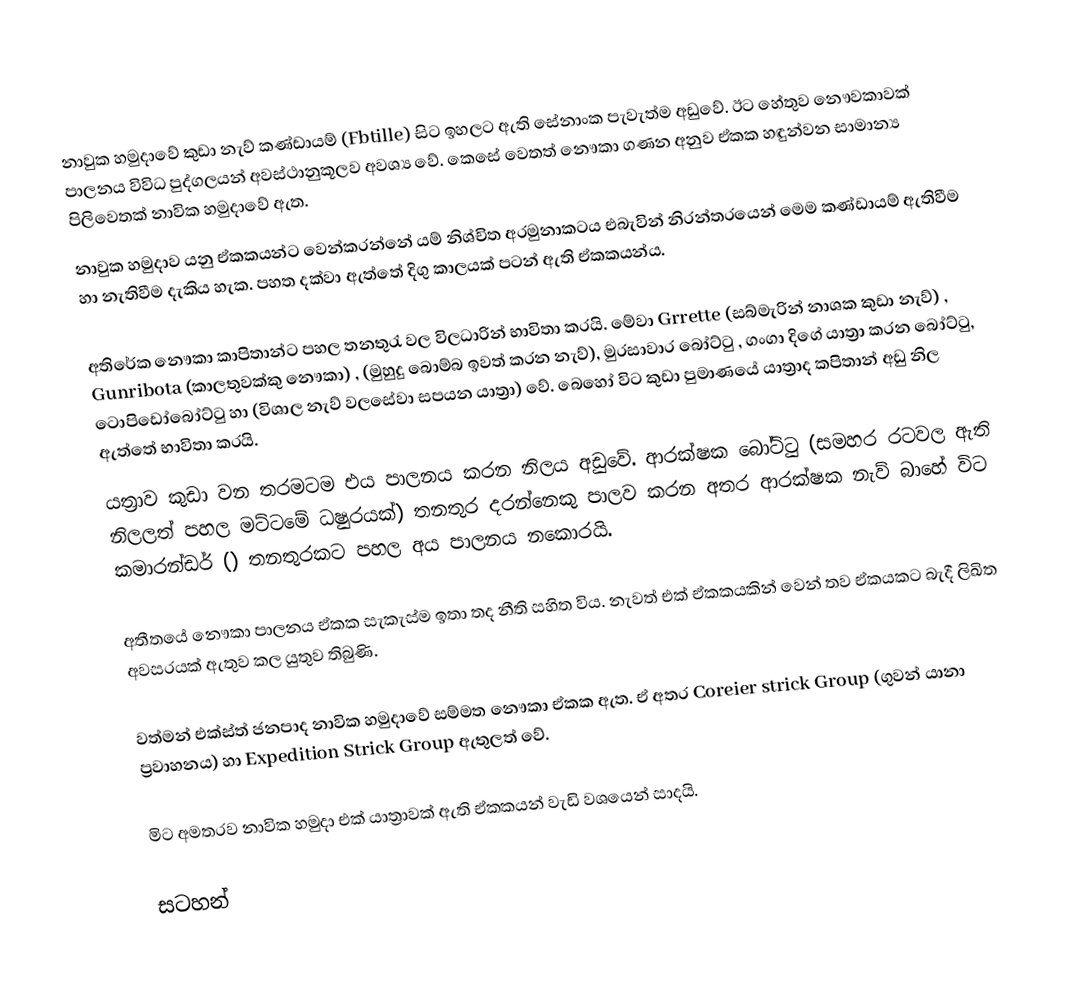
නාවුක හමුදාවේ කුඩා නැව් කණ්ඩායම් (Fbtille) සිට ඉහලට ඇති සේනාංක පැවැත්ම අඩුවේ. ඊට හේතුව නෞවකාවක් පාලනය විවිධ පුද්ගලයන් අවස්ථානුකූලව අවශ්‍ය වේ.‍ කෙසේ වෙතත් ‍නෞකා ගණන අනුව ඒකක හඳුන්වන සාමාන්‍ය පිලිවෙතක් නාවික හමුදාවේ ඇත.
නාවුක හමුදාව යනු ඒකකයන්ට වෙන්කරන්නේ යම් නිශ්චිත අරමුනාකටය එබැවින් නිරන්තරයෙන් මෙම කණ්ඩායම් ඇතිවීම හා නැතිවීම දැකිය හැක. පහත දක්වා ඇත්තේ දිගු කාලයක් පටන් ඇති ඒකකයන්ය.

අතිරේක නෞකා කාපිතාන්ට පහල තනතුරැ වල විලධාරින් භාවිතා කරයි. මේවා Grrette  (සබ්මැරින් නාශක කුඩා නැව්) , Gunribota (කාලතුවක්කු නෞකා) , (මුහුදු බොම්බ ඉවත් කරන නැව්), මුරසාවාර බෝට්ටු , ගංගා දිගේ යාත්‍රා කරන බෝට්ටු, ටොපිඩෝබෝට්ටු හා  (විශාල නැව් වල‍‍සේවා සපයන යාත්‍රා) වේ.  බෙහෝ විට කුඩා පුමාණයේ   යාත්‍රාද කපිතාන් අඩු නිල ඇත්තේ භාවිතා කරයි.
යත්‍රාව කුඩා වන තරමටම එය පාලනය කරන නිලය අඩුවේ. ආරක්ෂක බෝට්ටු (සමහර රටවල ඇති නිලලත් පහල මට්ටමේ ධෂුරයක්) තනතුර දරන්නෙකු පාලව කරන අතර ආරක්ෂක නැව් බාහේ විට කමාරන්ඩර් () තනතුරකට පහල අය පාලනය නකොරයි.

අතීතයේ නෞකා පාලනය ඒකක සැකැස්ම ඉතා තද නීති සහිත විය. නැවත් එක් ඒකකයකින් වෙන් තව ඒකයකට බැදී ලිඛිත අවසරයක් ඇතුව කල යුතුව තිබුණි.

වත්මන් එක්ස්ත් ජනපාද නාවික හමුදාවේ සම්මත නෞකා ඒකක ඇත. ඒ අතර Coreier strick Group (ගුවන් යානා ප්‍රවාහනය)  හා Expedition Strick Group  ඇතුලත් වේ.

මිට අමතරව නාවික හමුදා එක් යාත්‍රාවක් ඇති ඒකකයන් වැඩි වශයෙන් සාදයි.

සටහන්